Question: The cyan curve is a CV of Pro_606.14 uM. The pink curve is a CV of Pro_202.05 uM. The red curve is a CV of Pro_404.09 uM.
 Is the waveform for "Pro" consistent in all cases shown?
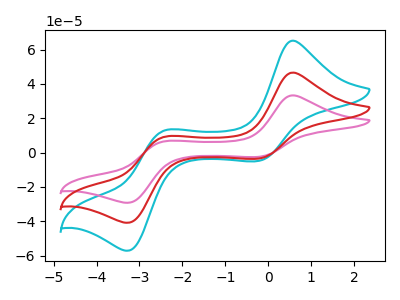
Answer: <think>The cyan curve "Pro_606.14 uM" has anodic peaks at (0.55V, 93.30uA) (-2.40V, 18.60uA) and cathodic peaks at (-0.25V, -6.95uA) (-3.30V, -81.80uA). The pink curve "Pro_202.05 uM" has anodic peaks at (0.55V, 33.35uA) (-2.40V, 6.65uA) and cathodic peaks at (-0.25V, -2.50uA) (-3.30V, -29.25uA). The red curve "Pro_404.09 uM" has anodic peaks at (0.55V, 46.65uA) (-2.40V, 9.30uA) and cathodic peaks at (-0.25V, -3.50uA) (-3.30V, -40.90uA).
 All the peaks in "Pro_606.14 uM" have a peak in "Pro_202.05 uM" at the same potential. Every peak in "Pro_606.14 uM" is higher than every peak in "Pro_202.05 uM". All the peaks in "Pro_606.14 uM" have a peak in "Pro_404.09 uM" at the same potential. Every peak in "Pro_606.14 uM" is higher than every peak in "Pro_404.09 uM". All the peaks in "Pro_202.05 uM" have a peak in "Pro_404.09 uM" at the same potential. Every peak in "Pro_202.05 uM" is lower than every peak in "Pro_404.09 uM".</think>
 <answer>All the CV's of "Pro" have similar shape.</answer>
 <eval>follow_rule</eval>